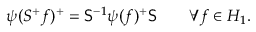
\psi ( S ^ { + } f ) ^ { + } = { \sf { S } } ^ { - 1 } \psi ( f ) ^ { + } { \sf { S } } \quad \quad \forall f \in { \cal { H } } _ { 1 } .